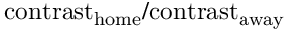
\mathrm { c o n t r a s t } _ { \mathrm { h o m e } } / \mathrm { c o n t r a s t } _ { \mathrm { a w a y } }